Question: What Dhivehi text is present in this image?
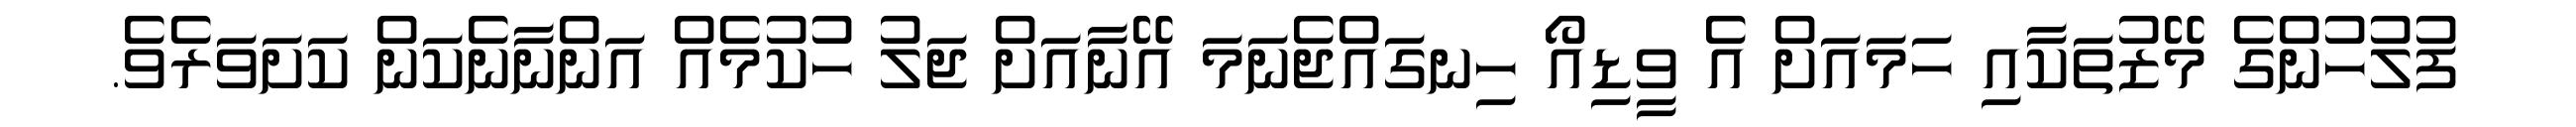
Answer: ފުލުހުންގެ މޭޒުތަކާއި ހަމައަށް އެ ވީޑިއޯ ހިނގައްޖެނަމަ އޭނާއަށް ޖަލު ހުކުމެއް އަންނާނެކަން ކަށަވަރެވެ.